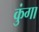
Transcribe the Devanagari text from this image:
कुंगा